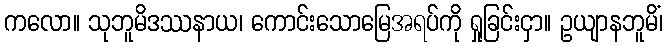
ကလော။ သုဘူမိဒဿနာယ၊ ကောင်းသောမြေအရပ်ကို ရှုခြင်းငှာ။ ဥယျာနဘူမိံ၊